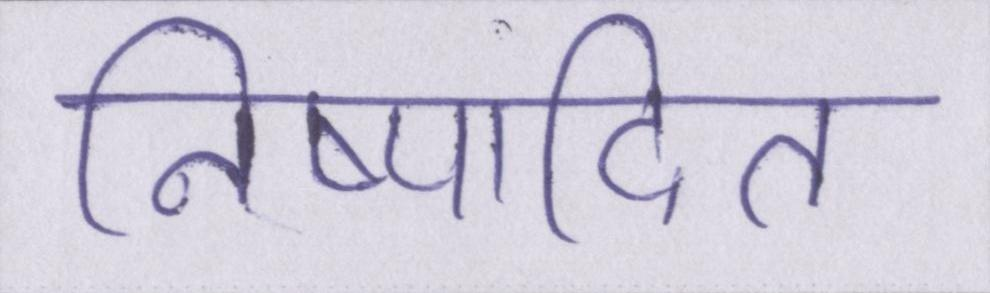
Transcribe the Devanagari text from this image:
निष्पादित